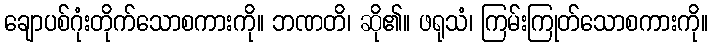
ချောပစ်ဂုံးတိုက်သောစကားကို။ ဘဏတိ၊ ဆို၏။ ဖရုသံ၊ ကြမ်းကြုတ်သောစကားကို။